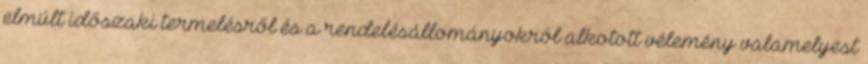
elmúlt időszaki termelésről és a rendelésállományokról alkotott vélemény valamelyest